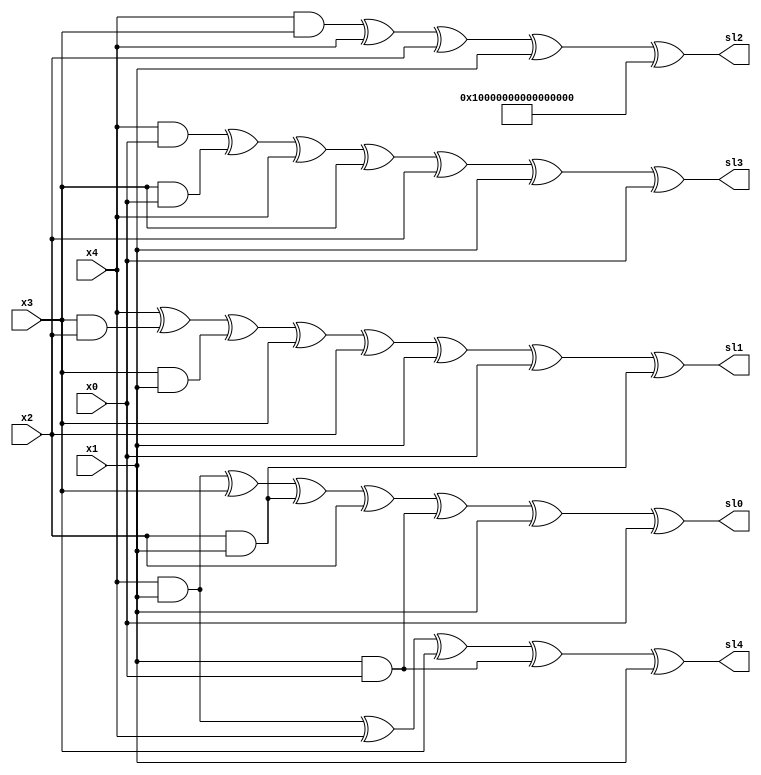
module sub_layer #(
    parameter TYPE = 1
) (
    input [63:0] x0, x1, x2, x3, x4,
    output [63:0] sl0, sl1, sl2, sl3, sl4
);
    
    genvar i;
    generate

        // SBOX implementation with lookup table 
        if(TYPE == 0) begin
            for(i=0; i<64; i=i+1) begin
                SBOX_lookup u0({x0[i],x1[i],x2[i],x3[i],x4[i]}, {sl0[i],sl1[i],sl2[i],sl3[i],sl4[i]});
            end
        end
        
        // Optimized SBOX
        else begin
            assign sl0 = (x4 & x1) ^ x3 ^ (x2 & x1) ^ x2 ^ (x1 & x0) ^ x1 ^ x0;      
            assign sl1 = x4 ^ (x3 & x2) ^ (x3 & x1) ^ x3 ^ x2 ^ x1 ^ x0 ^ (x2 & x1);
            assign sl2 = (x4 & x3) ^ x4 ^ x2 ^ x1 ^ 64'hffffffffffffffff;               
            assign sl3 = (x4 & x0) ^ (x3 & x0) ^ x4 ^ x3 ^ x2 ^x1 ^ x0;                 
            assign sl4 = (x4 & x1) ^ x4 ^ x3 ^ (x1 & x0) ^ x1;                          
        end
    endgenerate
endmodule

module SBOX_lookup (
    input   [4:0] data,
    output  [4:0] out
);

    reg [4:0] dout;
    always@(data) begin
        case (data)          //Look Up Table
            5'h00              : dout = 5'h04;
            5'h01              : dout = 5'h0b;
            5'h02              : dout = 5'h1f;
            5'h03              : dout = 5'h14;
            5'h04              : dout = 5'h1a;
            5'h05              : dout = 5'h15;
            5'h06              : dout = 5'h09;
            5'h07              : dout = 5'h02;
            5'h08              : dout = 5'h1b;
            5'h09              : dout = 5'h05;
            5'h0a              : dout = 5'h08;
            5'h0b              : dout = 5'h12;
            5'h0c              : dout = 5'h1d;
            5'h0d              : dout = 5'h03;
            5'h0e              : dout = 5'h06;
            5'h0f              : dout = 5'h1c;
        /******************************************/
            5'h10              : dout = 5'h1e;
            5'h11              : dout = 5'h13;
            5'h12              : dout = 5'h07;
            5'h13              : dout = 5'h0e;
            5'h14              : dout = 5'h00;
            5'h15              : dout = 5'h0d;
            5'h16              : dout = 5'h11;
            5'h17              : dout = 5'h18;
            5'h18              : dout = 5'h10;
            5'h19              : dout = 5'h0c;
            5'h1a              : dout = 5'h01;
            5'h1b              : dout = 5'h19;
            5'h1c              : dout = 5'h16;
            5'h1d              : dout = 5'h0a;
            5'h1e              : dout = 5'h0f;
            5'h1f              : dout = 5'h17;
        endcase
    end
    assign out = dout;
endmodule